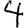
Digit: 4